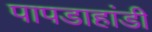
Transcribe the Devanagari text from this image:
पापडाहांडी